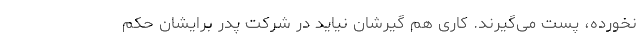
نخورده، پست می‌گیرند. کاری هم گیرشان نیاید در شرکت پدر برایشان حکم